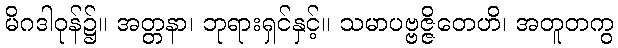
မိဂဒါဝုန်၌။ အတ္တနာ၊ ဘုရားရှင်နှင့်။ သမာပဗ္ဗဇ္ဇိတေဟိ၊ အတူတကွ